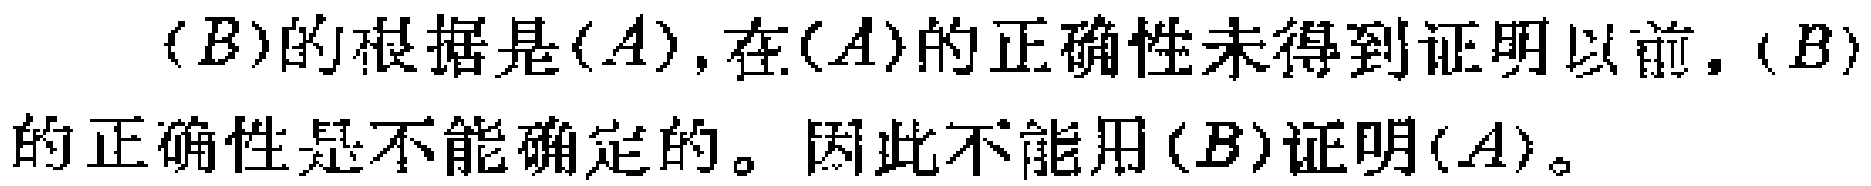
$(B)的根据是(A),在(A)的正确性未得到证明以前,(B)的正确性是不能确定的。因此不能用(B)证明(A)。$